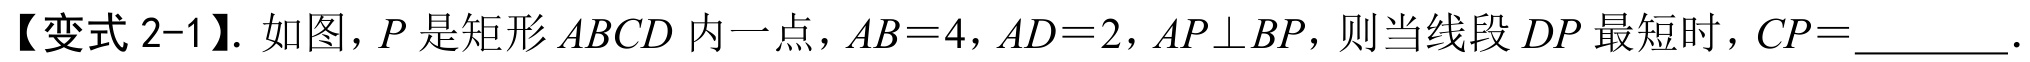
【变式 2-1】. 如图，\(P\) 是矩形 \(ABCD\) 内一点，\(AB = 4\)，\(AD = 2\)，\(AP\perp BP\)，则当线段 \(DP\) 最短时，\(CP=\)________ .